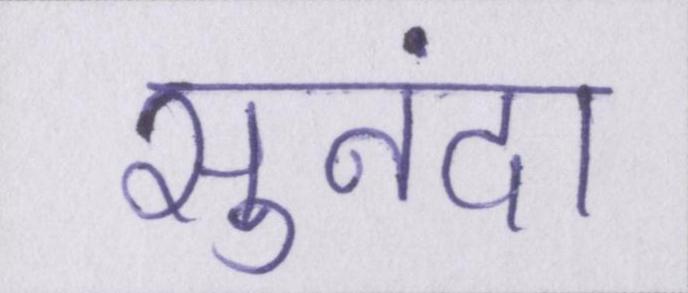
सुनंदा